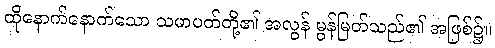
ထိုနောက်နောက်သော သမာပတ်တို့၏ အလွန် မွန်မြတ်သည်၏ အဖြစ်၌။